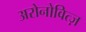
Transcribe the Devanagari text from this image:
अरोनोवित्ज़